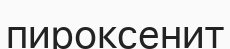
пироксенит